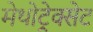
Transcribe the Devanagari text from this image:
मेथोट्रेक्सेट